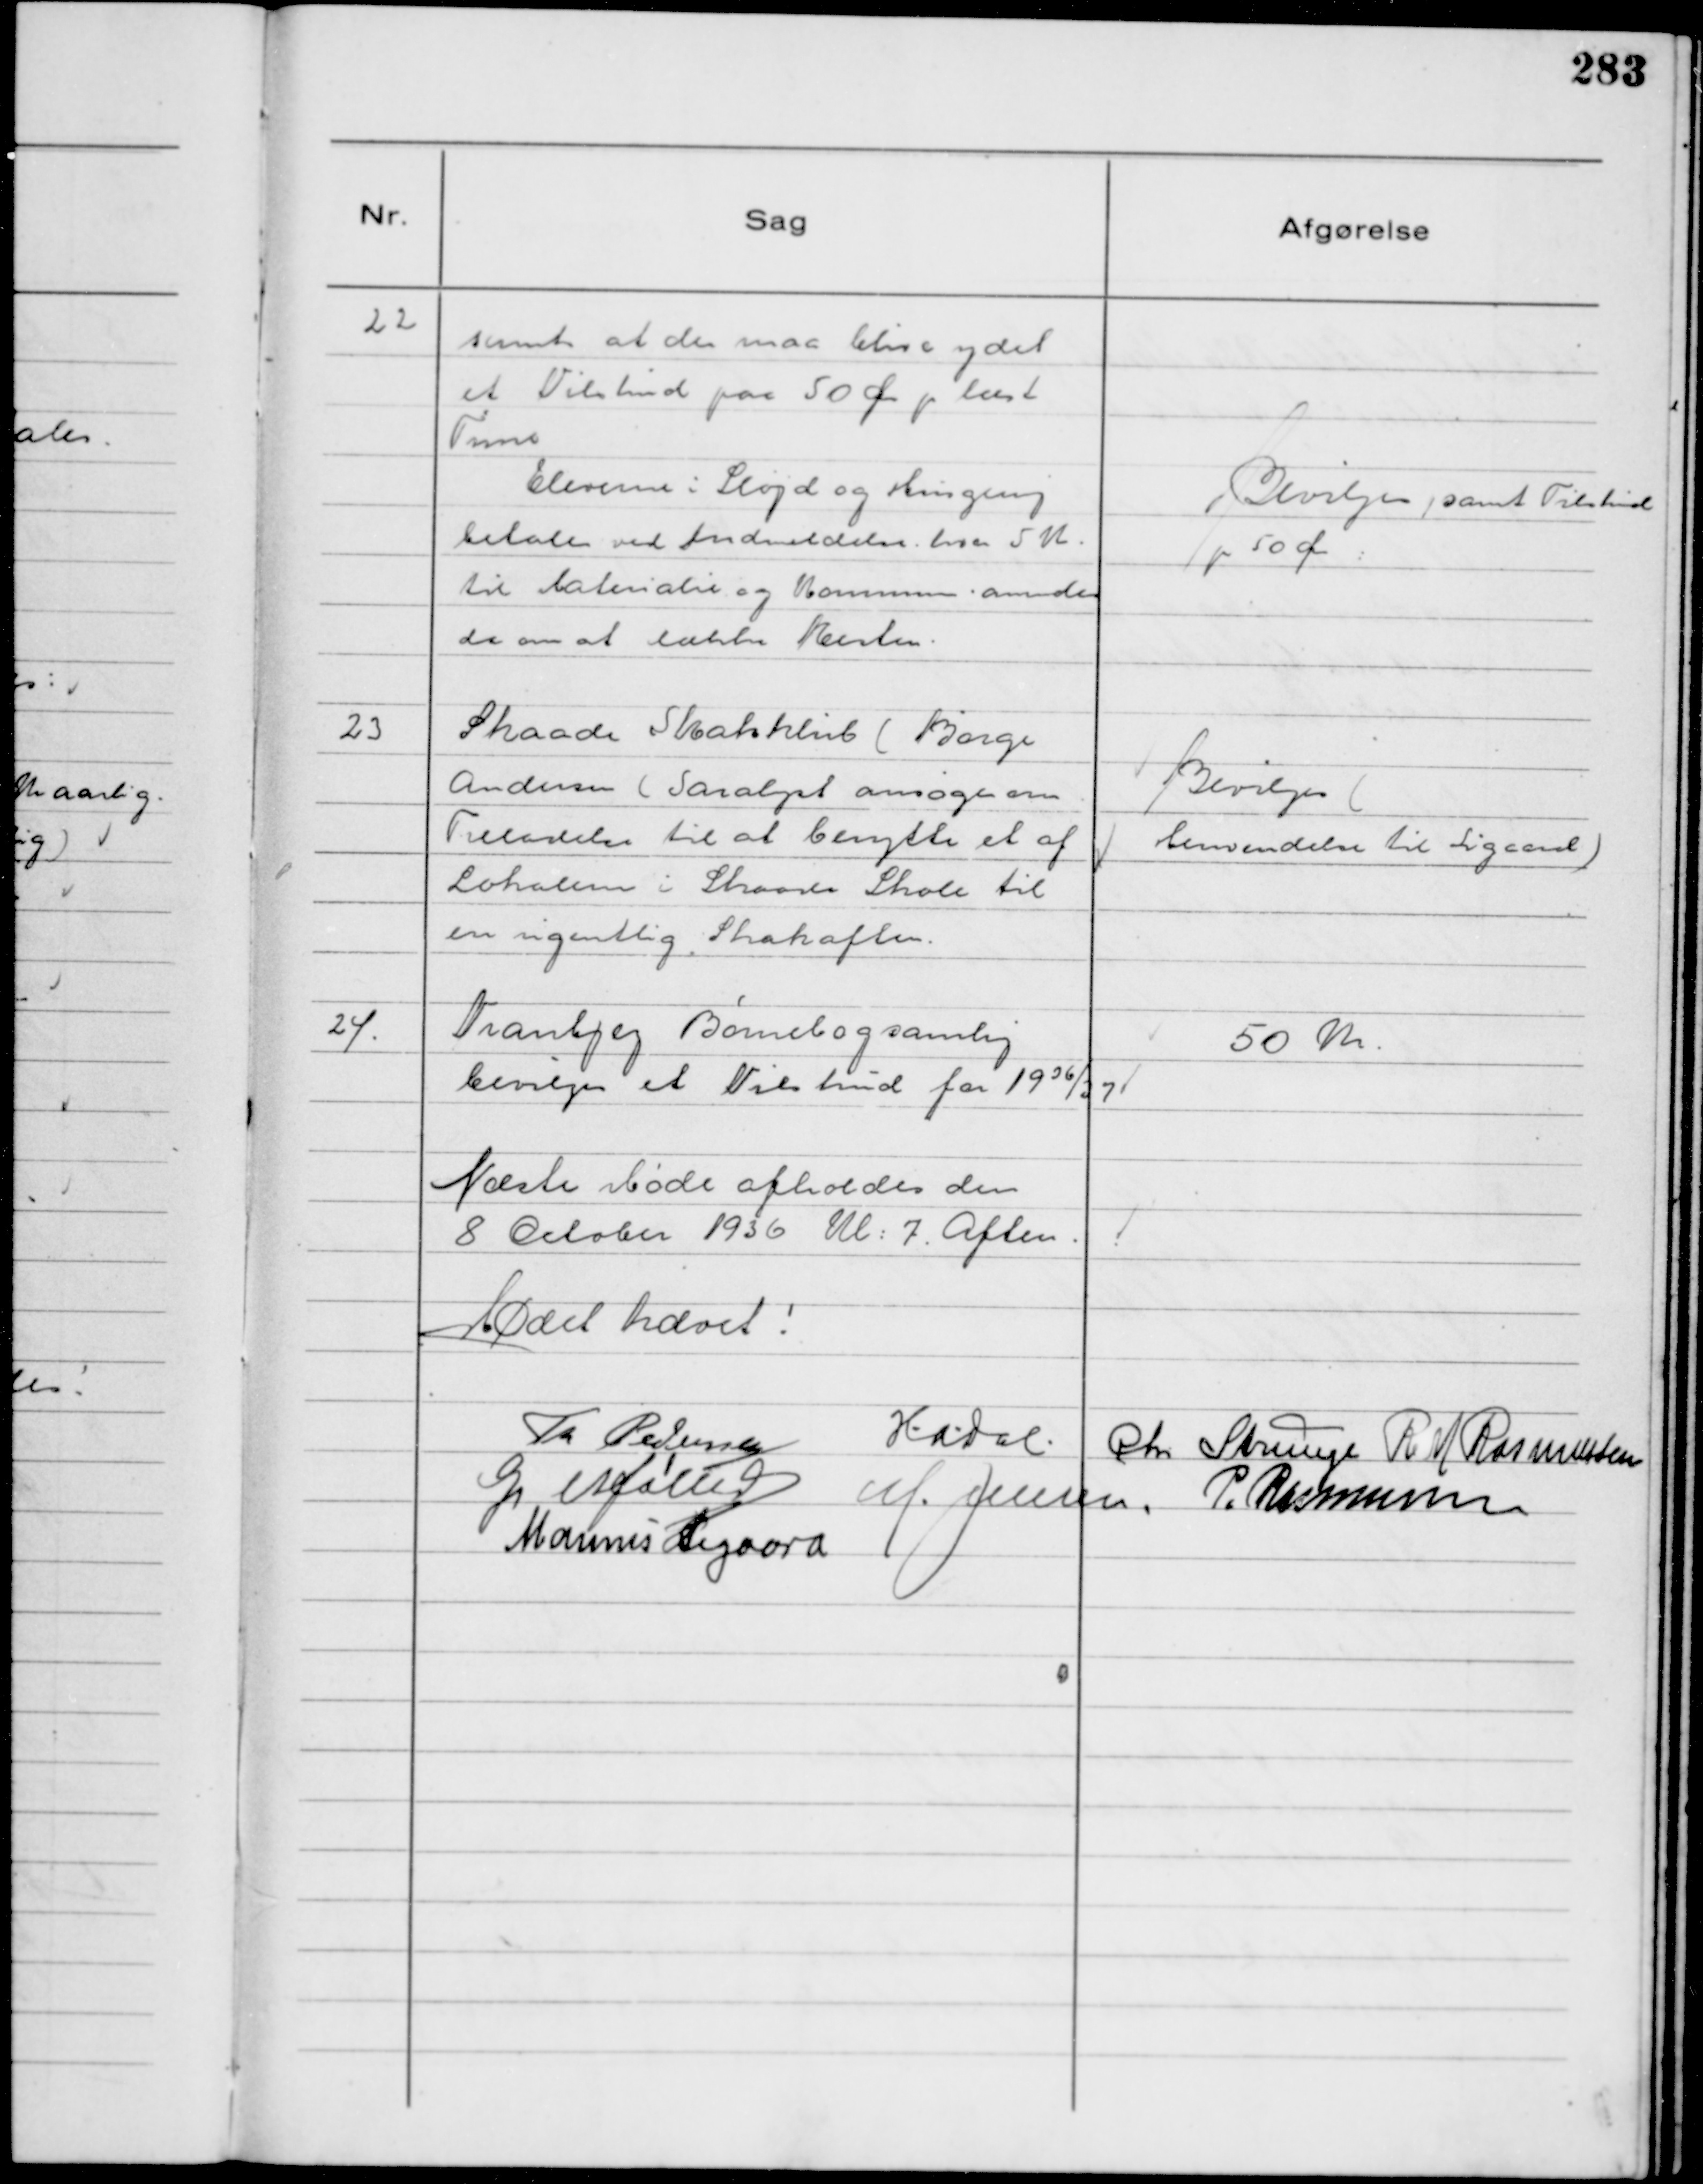
Transskription:
22
samt at der maa blive ydet
et Tilskud paa 50 Øre pr læst
Time
Eleverne: Sløjd og Husgerning
betaler ved Indmeldelse hver 5 Kr
til Materiale og Kommunen anmodes
da om at betale Resten

Bevilges samt Tilskud 
p 50 Øre

23
Skaade Skakklub ( Børge
Andersen Saralyst) ansøger om
Tilladelse til at benytte et af
Lokalerne i Skaade Skole til
en ugentlig Skakaften

Bevilges
(Henvendelse til Sigaard)

24
Tranbjerg Børnebogsamling
bevilges et Tilskud for 1936/37

50 Kr

Næste Møde Afholdes den
8 October 1936 Kl 7 Aften
Mødet hævet!
Th Pedersen HADal Chr Strunge R M Rasmussen
G Møller M. Jensen P. Rasmussen
Marinus Sigaard